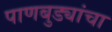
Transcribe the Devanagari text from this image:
पाणबुड्यांचा